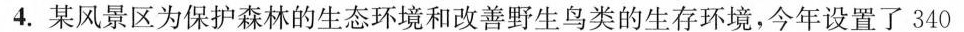
4.某风景区为保护森林的生态环境和改善野生鸟类的生存环境，今年设置了340